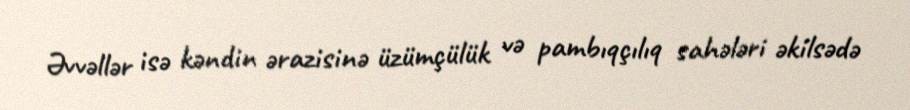
Əvvəllər isə kəndin ərazisinə üzümçülük və pambıqçılıq sahələri əkilsədə